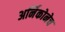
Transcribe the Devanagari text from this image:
अर्निकोनेच